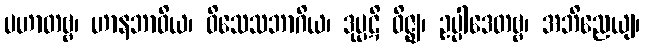
ပဟာတဗ္ဗ၊ ဟာနဘာဝိယ၊ ဝိသေသဘာဂိယ၊ ဒုပ္ပဋိ ဝိဇ္ဈ၊ ဥပ္ပါဒေတဗ္ဗ၊ အဘိညေယျ၊